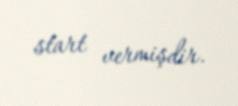
start vermişdir.